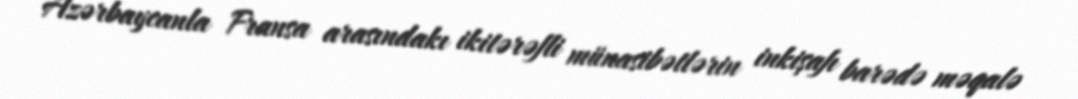
Azərbaycanla Fransa arasındakı ikitərəfli münasibətlərin inkişafı barədə məqalə